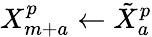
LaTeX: X_{m+a}^{p}\gets\tilde{X}_{a}^{p}